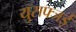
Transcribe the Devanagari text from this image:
युसफ्जई